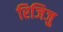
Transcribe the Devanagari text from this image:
रिजिजु